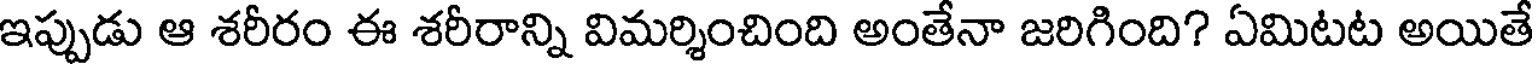
ఇప్పుడు ఆ శరీరం ఈ శరీరాన్ని విమర్శించింది అంతేనా జరిగింది? ఏమిటట అయితే